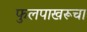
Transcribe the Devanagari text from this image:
फुलपाखरूचा